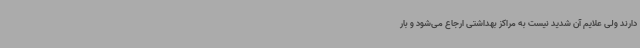
دارند ولی علایم آن شدید نیست به مراکز بهداشتی ارجاع می‌شود و بار